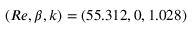
( R e , \beta , k ) = ( 5 5 . 3 1 2 , 0 , 1 . 0 2 8 )